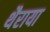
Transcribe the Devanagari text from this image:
थैराया